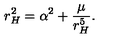
r _ { H } ^ { 2 } = \alpha ^ { 2 } + \frac { \mu } { r _ { H } ^ { 5 } } .